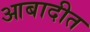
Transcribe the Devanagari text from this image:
आबादीत